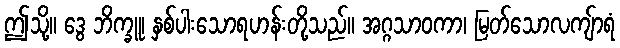
ဤသို့။ ဒွေ ဘိက္ခူ၊ နှစ်ပါးသောရဟန်းတို့သည်။ အဂ္ဂသာဝကာ၊ မြတ်သောလကျ်ာရံ